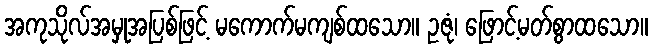
အကုသိုလ်အမှုအပြစ်ဖြင့် မကောက်မကျစ်ထသော။ ဥဇုံ၊ ဖြောင့်မတ်စွာထသော။